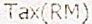
TAX(RM)